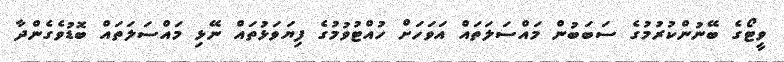
ވީޓޯގެ ބޭނުންކުރުމުގެ ސަބަބުން މައްސަލަތައް އަވަހަށް ހުއްޓުވުމުގެ ފިޔަވަޅުތައް ނޭޅި މައްސަލަތައް ބޮޑުވެގެންދާ